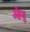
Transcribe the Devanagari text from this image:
ऒयु